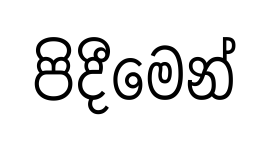
පිදීමෙන්